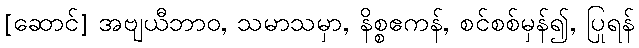
[ဆောင်] အဗျယီဘာဝ, သမာသမှာ, နိစ္စဧကန်, စင်စစ်မှန်၍, ပြုရန်